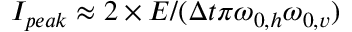
I _ { p e a k } \approx 2 \times E / ( \Delta t \pi \omega _ { 0 , h } \omega _ { 0 , v } )